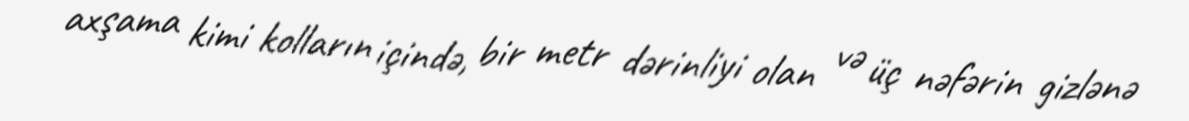
axşama kimi kolların içində, bir metr dərinliyi olan və üç nəfərin gizlənə